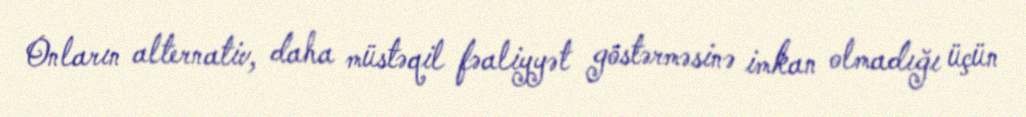
Onların alternativ, daha müstəqil fəaliyyət göstərməsinə imkan olmadığı üçün